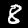
Digit: 8